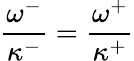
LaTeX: \frac{\omega^{-}}{\kappa^{-}}=\frac{\omega^{+}}{\kappa^{+}}